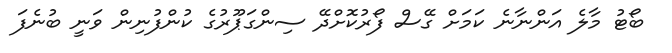
ބޯޓު މާލެ އަންނާނެ ކަމަށް ގޭސް ފޯރުކޮށްދޭ ސިންގަޕޫރުގެ ކުންފުނިން ވަނީ ބުނެފަ